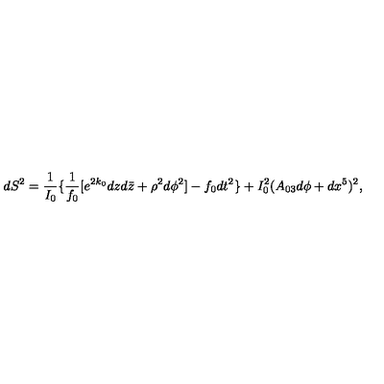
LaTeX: d S ^ { 2 } = { \frac { 1 } { I _ { 0 } } } \{ { \frac { 1 } { f _ { 0 } } } [ e ^ { 2 k _ { 0 } } d z d { \bar { z } } + \rho ^ { 2 } d \phi ^ { 2 } ] - f _ { 0 } d t ^ { 2 } \} + I _ { 0 } ^ { 2 } ( A _ { 0 3 } d \phi + d x ^ { 5 } ) ^ { 2 } ,